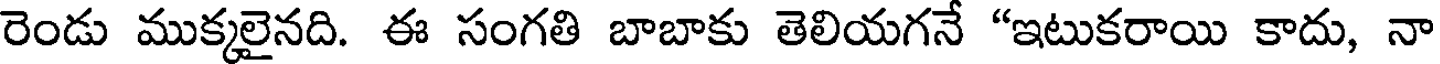
రెండు ముక్కలైనది. ఈ సంగతి బాబాకు తెలియగనే "ఇటుకరాయి కాదు, నా